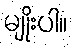
မျိုးပါ။